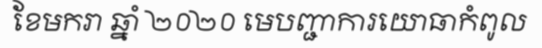
ខែមករា ឆ្នាំ ២០២០ មេបញ្ជាការយោធាកំពូល